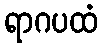
ရာဂပထံ